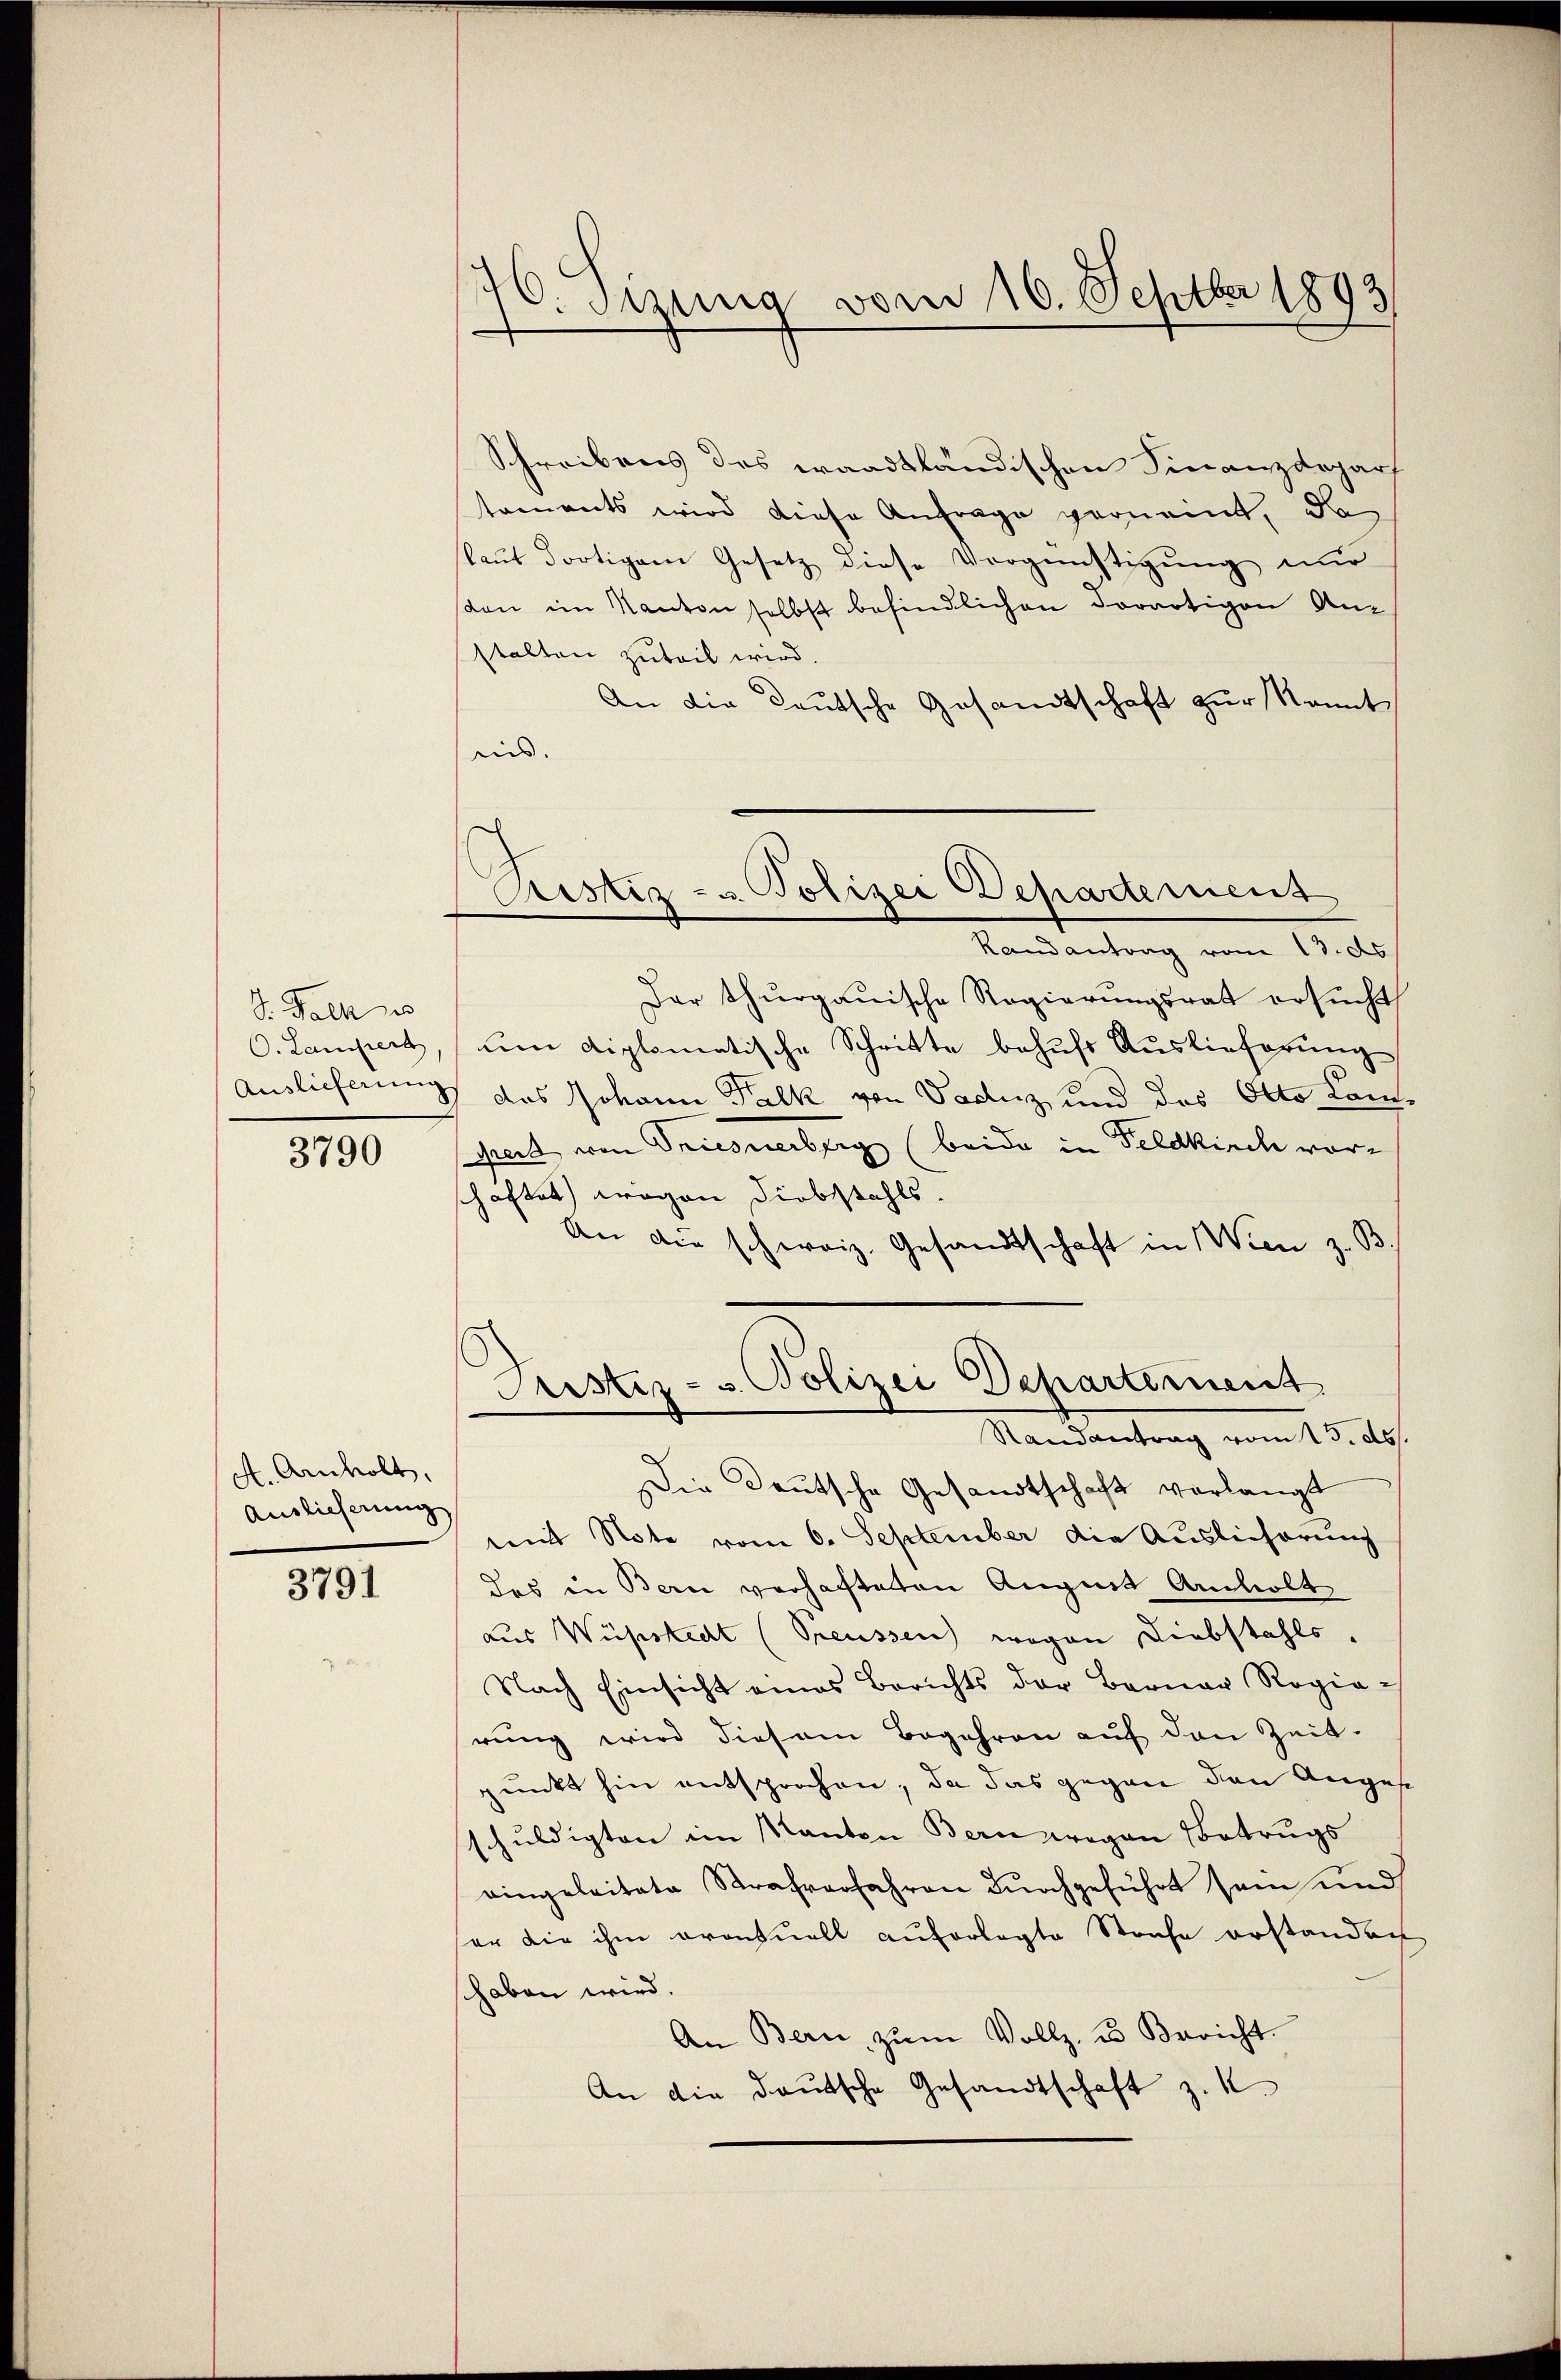
S. Fall es
C. Lampert
Auslieferung

3790

A. Arnholt.
Auslieferung

3791

70. Sizung vom 16. Septbr 1893

Pistiz- u. Polizei Departement
Randantrag vom 13. ds

Schreibens des waadtländischen Finanzdeparf
taments wird diese Anfrage gerneint, da
laŭt dortigem Gesetz diese Vergünstigung nur
an im Kanton selbst befindlichen Sorartigen Anstalten zuteil wird.
An die Teutsche Gesandtschaft zur kannt
nis. |
Dar thurgauische Regierungsrat ersucht
uen diplomatische Schritte behŭfs Auslieferung
) das Johann Falk von Vaduz und das Otto Kam¬
Gert von Triesnerberg (beide in Feldkirch vor-
schaftet wegen Diebstahls.
An die schweiz. Gesandtschaft in Wien z. B
Justiz- u. Polizei Departement
Randantrag vom 13. ds.
Die Deutsche Gesandtschaft verlangt
mit Note vom 6. September die Auslicherung
das in Bern verhachteten Augnet Andholt
aus Wüpstedt (Preussen wegen Diebstahls,
Nach Einsicht eines Berichts der Berner Regie-
rung wird diesem Begehren auf den Zeit.
punkt hin entsprochen, da das gegen den Anges
schuldigten im Kanton Bern wegen Betrugs
eingeleitete Strafverfahren dŭrchgeführt sein und
er die ihm orantuell auferlegte Strafe erstanden
shaben wird.
An Bern zŭm Vollz, u. Bericht.
An die deutsche Gesandtschaft z. K